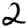
Digit: 2